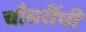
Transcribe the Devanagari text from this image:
चौधरींची